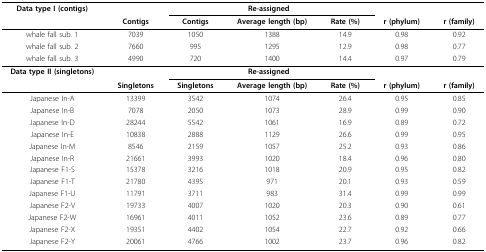
<table><thead><tr><td><b>Data type I (contigs)</b></td><td></td><td colspan="3"><b>Re-assigned</b></td><td></td><td></td></tr><tr><td></td><td><b>Contigs</b></td><td><b>Contigs</b></td><td><b>Average length (bp)</b></td><td><b>Rate (%)</b></td><td><b>r (phylum)</b></td><td><b>r (family)</b></td></tr></thead><tbody><tr><td>whale fall sub. 1</td><td>7039</td><td>1050</td><td>1388</td><td>14.9</td><td>0.98</td><td>0.92</td></tr><tr><td>whale fall sub. 2</td><td>7660</td><td>995</td><td>1295</td><td>12.9</td><td>0.98</td><td>0.77</td></tr><tr><td>whale fall sub. 3</td><td>4990</td><td>720</td><td>1400</td><td>14.4</td><td>0.97</td><td>0.79</td></tr><tr><td><b>Data type II (singletons)</b></td><td></td><td colspan="3"><b>Re-assigned</b></td><td></td><td></td></tr><tr><td></td><td><b>Singletons</b></td><td><b>Singletons</b></td><td><b>Average length (bp)</b></td><td><b>Rate (%)</b></td><td><b>r (phylum)</b></td><td><b>r (family)</b></td></tr><tr><td>Japanese In-A</td><td>13399</td><td>3542</td><td>1074</td><td>26.4</td><td>0.95</td><td>0.85</td></tr><tr><td>Japanese In-B</td><td>7078</td><td>2050</td><td>1073</td><td>28.9</td><td>0.99</td><td>0.90</td></tr><tr><td>Japanese In-D</td><td>28244</td><td>5542</td><td>1061</td><td>16.9</td><td>0.89</td><td>0.72</td></tr><tr><td>Japanese In-E</td><td>10838</td><td>2888</td><td>1129</td><td>26.6</td><td>0.99</td><td>0.95</td></tr><tr><td>Japanese In-M</td><td>8546</td><td>2159</td><td>1057</td><td>25.2</td><td>0.93</td><td>0.86</td></tr><tr><td>Japanese In-R</td><td>21661</td><td>3993</td><td>1020</td><td>18.4</td><td>0.96</td><td>0.80</td></tr><tr><td>Japanese F1-S</td><td>15378</td><td>3216</td><td>1018</td><td>20.9</td><td>0.95</td><td>0.82</td></tr><tr><td>Japanese F1-T</td><td>21780</td><td>4395</td><td>971</td><td>20.1</td><td>0.93</td><td>0.59</td></tr><tr><td>Japanese F1-U</td><td>11791</td><td>3711</td><td>983</td><td>31.4</td><td>0.99</td><td>0.99</td></tr><tr><td>Japanese F2-V</td><td>19733</td><td>4007</td><td>1020</td><td>20.3</td><td>0.90</td><td>0.61</td></tr><tr><td>Japanese F2-W</td><td>16961</td><td>4011</td><td>1052</td><td>23.6</td><td>0.89</td><td>0.77</td></tr><tr><td>Japanese F2-X</td><td>19351</td><td>4402</td><td>1054</td><td>22.7</td><td>0.92</td><td>0.66</td></tr><tr><td>Japanese F2-Y</td><td>20061</td><td>4766</td><td>1002</td><td>23.7</td><td>0.96</td><td>0.82</td></tr></tbody></table>